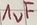
Text: 1uF